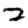
Digit: 2